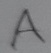
Text: A